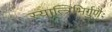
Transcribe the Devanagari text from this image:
स्यात्त्रिभिर्गुणैः